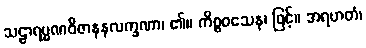
သဠာရမ္မဏဝိဇာနနလက္ခဏာ၊ ၏။ ကိစ္စဝသေန၊ ဖြင့်။ အရဟတံ၊